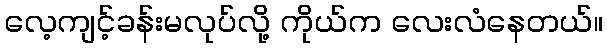
လေ့ကျင့်ခန်းမလုပ်လို့ ကိုယ်က လေးလံနေတယ်။